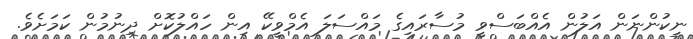
ނިކުންނަން އަލުން އެއްބަސްވީ މުސާރައިގެ މައްސަލަ އެމްވީކޭ އިން ހައްލުކޮށް ދިނުމުން ކަމަށެވެ.